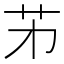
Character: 𦬌